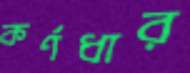
কর্ণধার